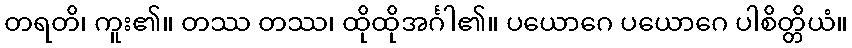
တရတိ၊ ကူး၏။ တဿ တဿ၊ ထိုထိုအင်္ဂါ၏။ ပယောဂေ ပယောဂေ ပါစိတ္တိယံ။